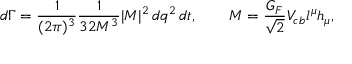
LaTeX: d \Gamma = { \frac { 1 } { ( 2 \pi ) ^ { 3 } } } { \frac { 1 } { 3 2 M ^ { 3 } } } | { \cal M } | ^ { 2 } \, d q ^ { 2 } \, d t , \qquad { \cal M } = { \frac { G _ { F } } { \sqrt { 2 } } } V _ { c b } l ^ { \mu } h _ { \mu } ,